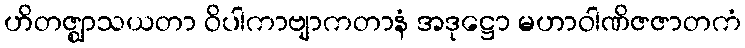
ဟိတဇ္ဈာသယတာ ဝိပါကာဗျာကတာနံ အဒုဋ္ဌော မဟာဝါဏိဇဇာတကံ